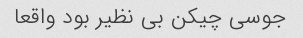
جوسی چیکن بی نظیر بود واقعا